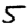
Digit: 5